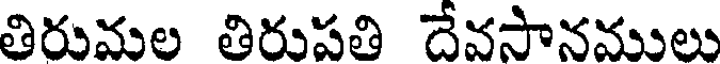
తిరుమల తిరుపతి దేవసానములు